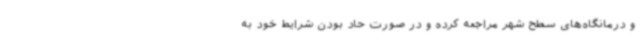
و درمانگاه‌های سطح شهر مراجعه کرده و در صورت حاد بودن شرایط خود به